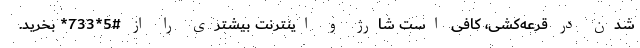
شدن در قرعه‌کشی، کافی است شارژ و اینترنت بیشتری را از #5*733* بخرید.